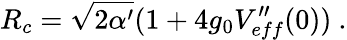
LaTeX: R_{c}=\sqrt{2\alpha^{\prime}}(1+4g_{0}V_{eff}^{\prime\prime}(0))\ .